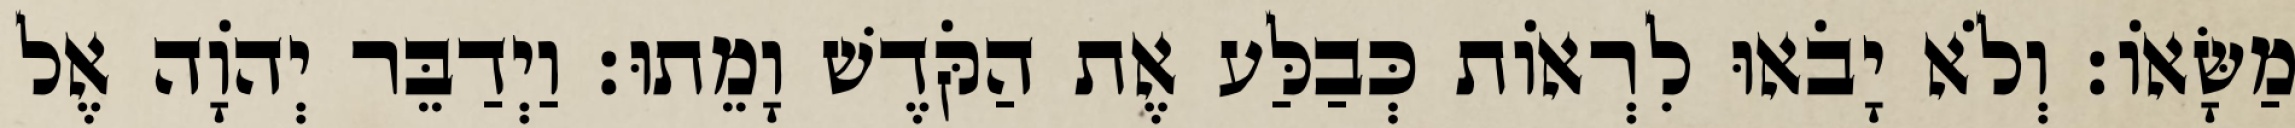
מַשָּׂאוֹ׃ וְלֹא יָבֹאוּ לִרְאוֹת כְּבַלַּע אֶת הַקֹּדֶשׁ וָמֵתוּ׃ וַיְדַבֵּר יְהוָֹה אֶל